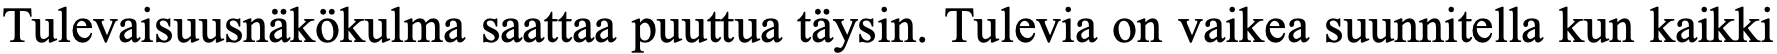
Tulevaisuusnäkökulma saattaa puuttua täysin. Tulevia on vaikea suunnitella kun kaikki